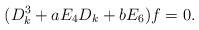
LaTeX: \begin{align*}(D^3_k+a E_4D_k+b E_6)f=0.\end{align*}